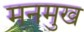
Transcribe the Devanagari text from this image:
मनमुख